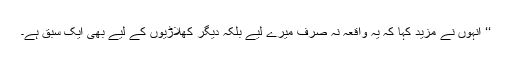
‘‘ انہوں نے مزید کہا کہ یہ واقعہ نہ صرف میرے لیے بلکہ دیگر کھلاڑیوں کے لیے بھی ایک سبق ہے۔